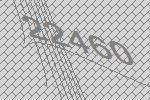
22460